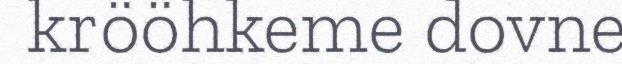
krööhkeme dovne